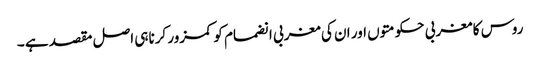
روس کا مغربی حکومتوں اور ان کی مغربی انضمام کو کمزور کرناہی اصل مقصد ہے ۔